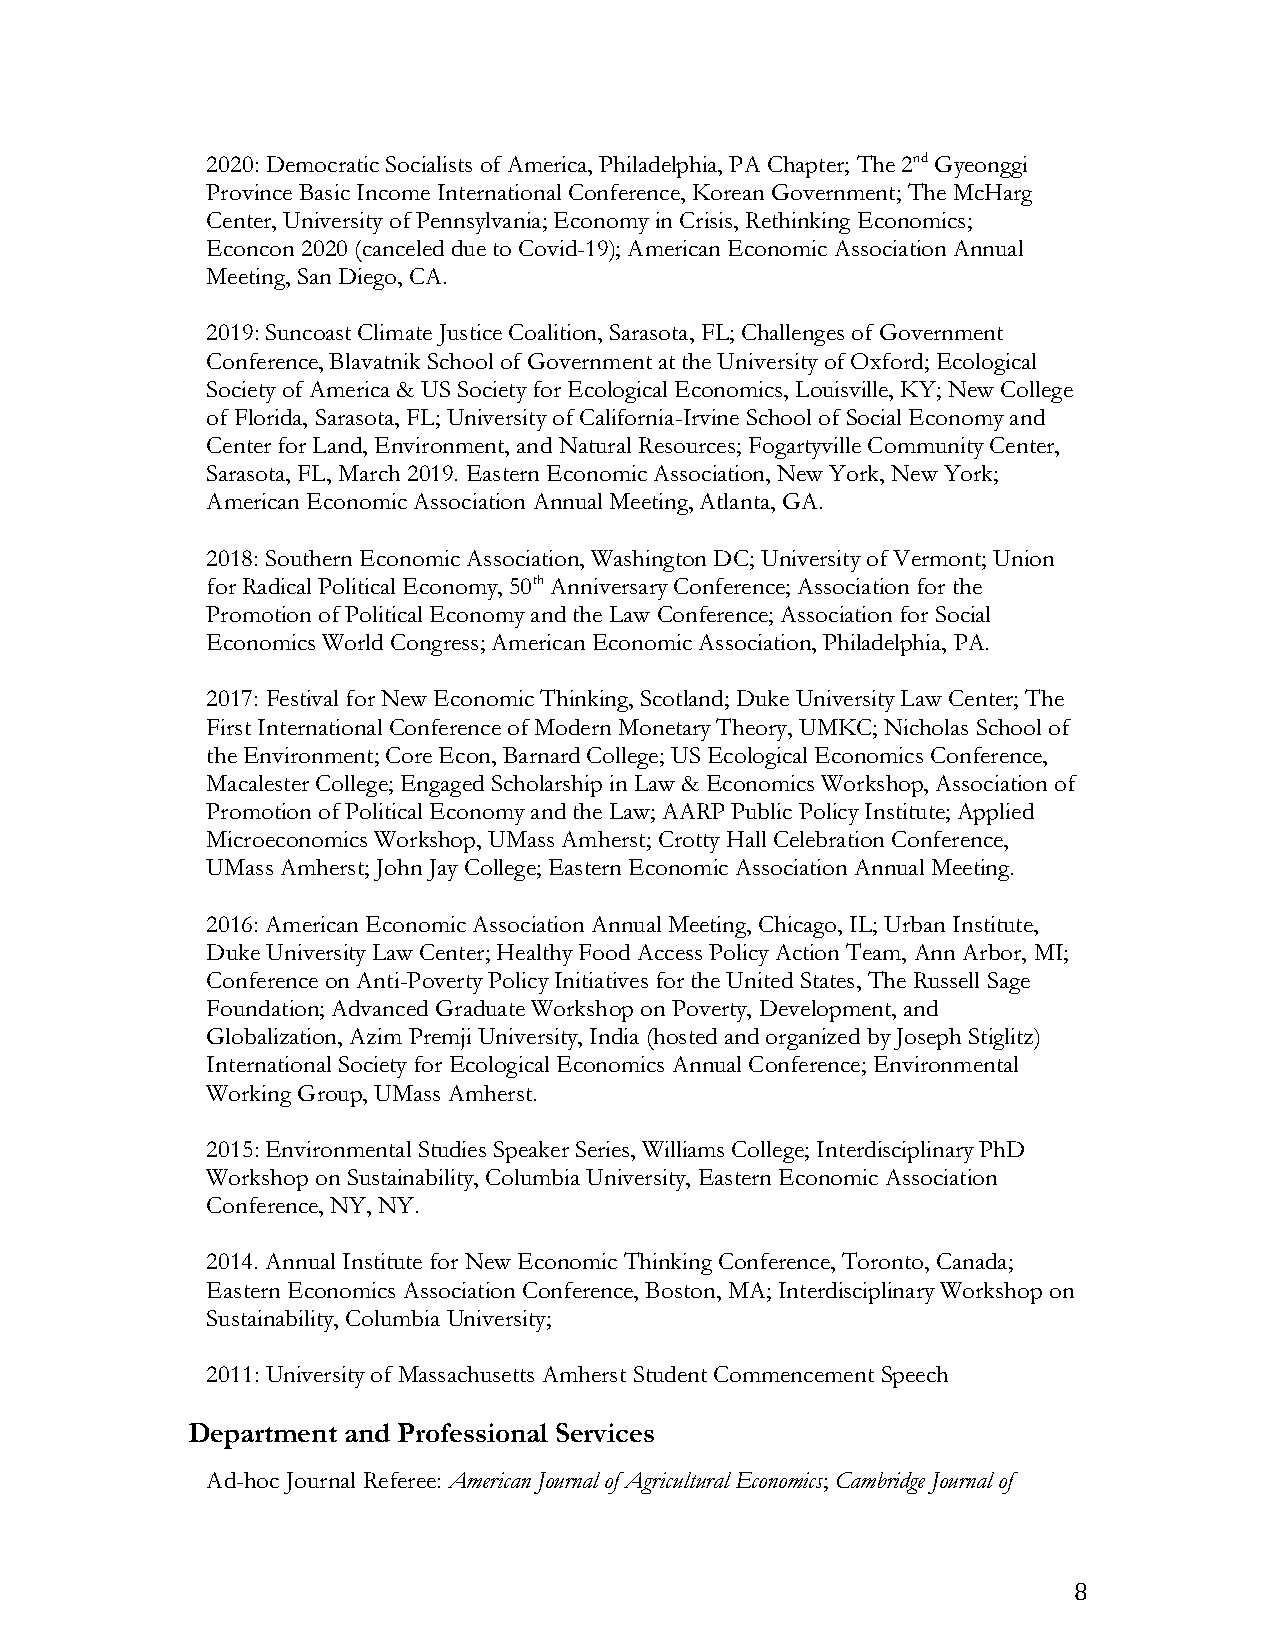
2020: Democratic Socialists of America, Philadelphia, PA Chapter; The 2nd Gyeonggi
 Province Basic Income International Conference, Korean Government; The McHarg
 Center, University of Pennsylvania; Economy in Crisis, Rethinking Economics;
 Econcon 2020 (canceled due to Covid-19); American Economic Association Annual
 Meeting, San Diego, CA.
 2019: Suncoast Climate Justice Coalition, Sarasota, FL; Challenges of Government
 Conference, Blavatnik School of Government at the University of Oxford; Ecological
 Society of America & US Society for Ecological Economics, Louisville, KY; New College
 of Florida, Sarasota, FL; University of California-Irvine School of Social Economy and
 Center for Land, Environment, and Natural Resources; Fogartyville Community Center,
 Sarasota, FL, March 2019. Eastern Economic Association, New York, New York;
 American Economic Association Annual Meeting, Atlanta, GA.
 2018: Southern Economic Association, Washington DC; University of Vermont; Union
 for Radical Political Economy, 50th Anniversary Conference; Association for the
 Promotion of Political Economy and the Law Conference; Association for Social
 Economics World Congress; American Economic Association, Philadelphia, PA.
 2017: Festival for New Economic Thinking, Scotland; Duke University Law Center; The
 First International Conference of Modern Monetary Theory, UMKC; Nicholas School of
 the Environment; Core Econ, Barnard College; US Ecological Economics Conference,
 Macalester College; Engaged Scholarship in Law & Economics Workshop, Association of
 Promotion of Political Economy and the Law; AARP Public Policy Institute; Applied
 Microeconomics Workshop, UMass Amherst; Crotty Hall Celebration Conference,
 UMass Amherst; John Jay College; Eastern Economic Association Annual Meeting.
 2016: American Economic Association Annual Meeting, Chicago, IL; Urban Institute,
 Duke University Law Center; Healthy Food Access Policy Action Team, Ann Arbor, MI;
 Conference on Anti-Poverty Policy Initiatives for the United States, The Russell Sage
 Foundation; Advanced Graduate Workshop on Poverty, Development, and
 Globalization, Azim Premji University, India (hosted and organized by Joseph Stiglitz)
 International Society for Ecological Economics Annual Conference; Environmental
 Working Group, UMass Amherst.
 2015: Environmental Studies Speaker Series, Williams College; Interdisciplinary PhD
 Workshop on Sustainability, Columbia University, Eastern Economic Association
 Conference, NY, NY.
 2014. Annual Institute for New Economic Thinking Conference, Toronto, Canada;
 Eastern Economics Association Conference, Boston, MA; Interdisciplinary Workshop on
 Sustainability, Columbia University;
 2011: University of Massachusetts Amherst Student Commencement Speech
 Department and Professional Services
 Ad-hoc Journal Referee: American Journal of Agricultural Economics; Cambridge Journal of
 8